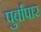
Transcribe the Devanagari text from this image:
पुर्वांपार